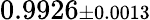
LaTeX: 0.9926{\scriptstyle\pm 0.0013}